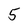
Character: 5